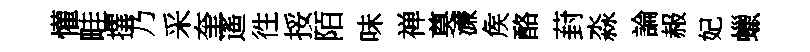
懽畦撰乃采奎遙徃挼陌味禅奠濓矦酪葑淼論赧妃蠟